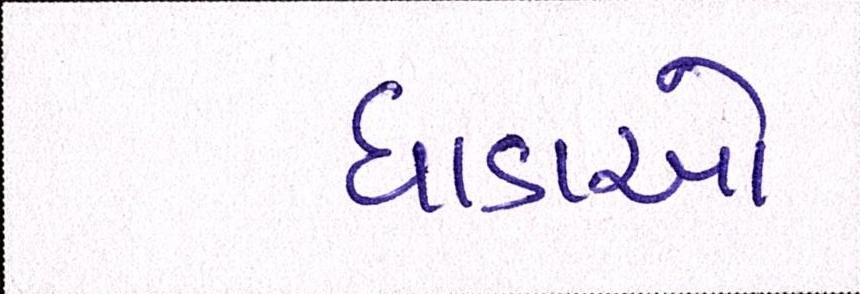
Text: ધાડાઓ